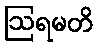
ဩရမတိ